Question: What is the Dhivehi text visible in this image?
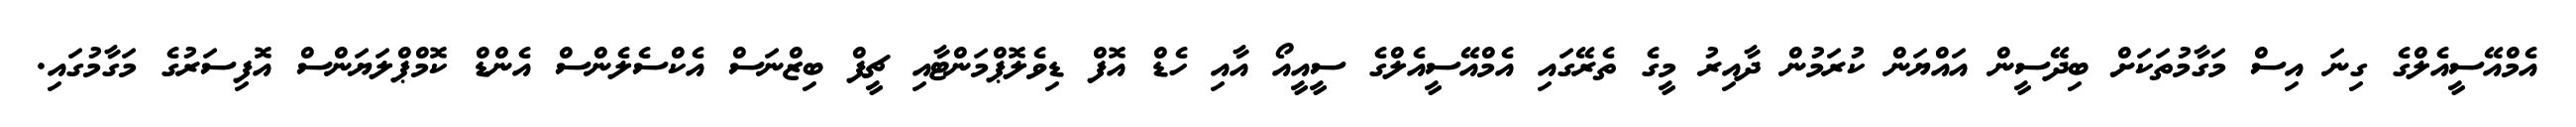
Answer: އެމްއޭސީއެލްގެ ގިނަ އިސް މަގާމުތަކަށް ބިދޭސީން އައްޔަން ކުރަމުން ދާއިރު މީގެ ތެރޭގައި އެމްއޭސީއެލްގެ ސީއީއޯ އާއި ހެޑް އޮފް ޑިވެލޮޕްމަންޓާއި ޗީފް ބިޒްނަސް އެކްސެލެންސް އެންޑް ކޮމްޕްލަޔަންސް އޮފިސަރުގެ މަގާމުގައި.